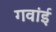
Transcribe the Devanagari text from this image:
गवांई